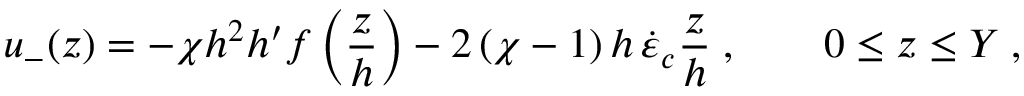
u _ { - } ( z ) = - \chi h ^ { 2 } h ^ { \prime } f \left( \frac { z } { h } \right) - 2 \, ( \chi - 1 ) \, h \, \dot { \varepsilon } _ { c } \frac { z } { h } \; , \qquad 0 \le z \le Y \; ,